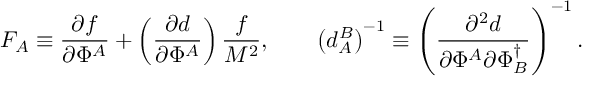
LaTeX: F _ { A } \equiv \frac { \partial f } { \partial \Phi ^ { A } } + \left( \frac { \partial d } { \partial \Phi ^ { A } } \right) \frac { f } { M ^ { 2 } } , \qquad \left( d _ { A } ^ { B } \right) ^ { - 1 } \equiv \left( \frac { \partial ^ { 2 } d } { \partial \Phi ^ { A } \partial \Phi _ { B } ^ { \dagger } } \right) ^ { - 1 } .